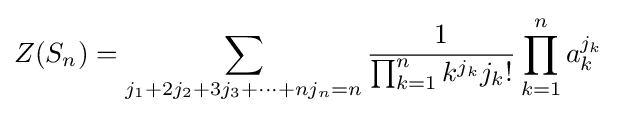
Z(S_{n})=\sum _{j_{1}+2j_{2}+3j_{3}+\cdots +nj_{n}=n}{\frac {1}{\prod _{k=1}^{n}k^{j_{k}}j_{k}!}}\prod _{k=1}^{n}a_{k}^{j_{k}}